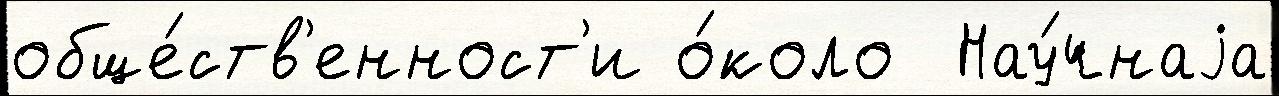
обще́ств'енност'и о́коло  Нау́чнаjа